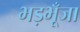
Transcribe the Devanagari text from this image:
भड़भूँजा